Problem: 5 × 7 = ?
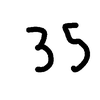
Handwritten answer: 35